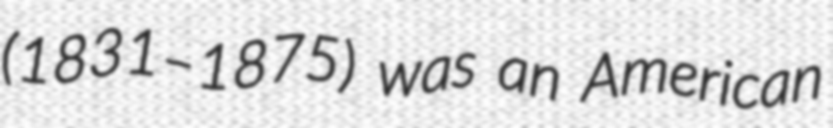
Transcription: (1831–1875) was an American